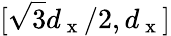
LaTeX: [\sqrt{3}d_{\mathrm{~x~}}/2,d_{\mathrm{~x~}}]